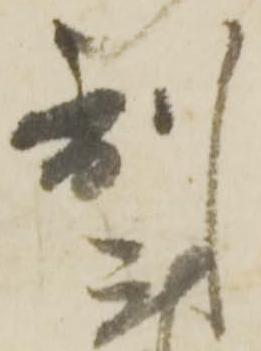
到